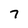
Character: 7